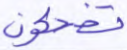
تضحكون